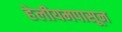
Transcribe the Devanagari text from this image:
हेलीयमपासून